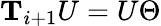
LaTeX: \mathbf{T}_{i+1}U=U\Theta